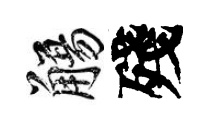
觴殘